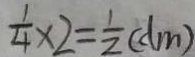
\frac { 1 } { 4 } \times 2 = \frac { 1 } { 2 } ( d m )